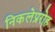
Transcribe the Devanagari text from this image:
निकलेप्ररोह